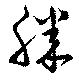
滕